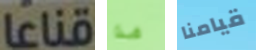
قناعا هذا قيامنا